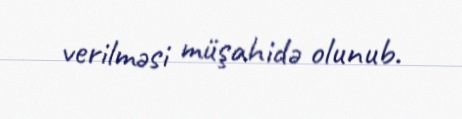
verilməsi müşahidə olunub.